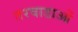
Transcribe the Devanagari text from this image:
तरवाडाओं